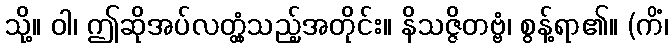
သို့။ ဝါ၊ ဤဆိုအပ်လတ္တံ့သည့်အတိုင်း။ နိသဇ္ဇိတဗ္ဗံ၊ စွန့်ရာ၏။ (ကိံ၊